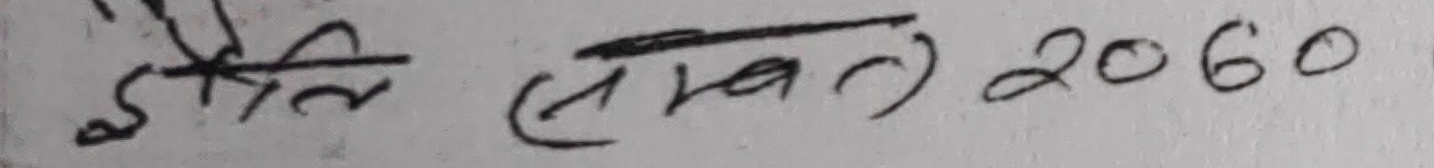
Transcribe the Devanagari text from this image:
जैलि (संवत) २०६०